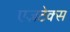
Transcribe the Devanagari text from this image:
एज़टेक्स